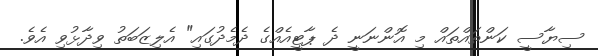
ސިޔާސީ ކަންތައްތައް މި އޮންނަނީ ދެ ޕާޓީއެއްގެ ދެމެދުގައި" އެލިޒަބަތު ވިދާޅުވި އެވެ.